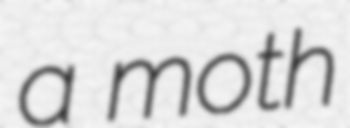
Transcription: a moth